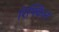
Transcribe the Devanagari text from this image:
रिफ्किन